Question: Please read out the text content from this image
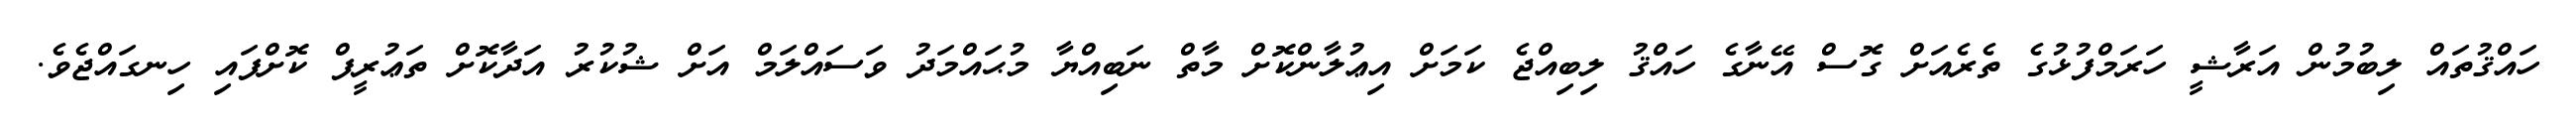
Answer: ހައްޤުތައް ލިބުމުން އަރާޝީ ހަރަމްފުޅުގެ ތެރެއަށް ގޮސް އޭނާގެ ހައްޤު ލިބިއްޖެ ކަމަށް އިޢުލާންކޮށް މާތް ނަބިއްޔާ މުޙައްމަދު ވަސައްލަމް އަށް ޝުކުރު އަދާކޮށް ތަޢުރީފް ކޮށްފައި ހިނގައްޖެވެ.